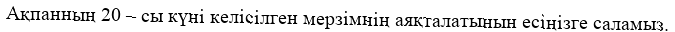
Ақпанның 20 – сы күні келісілген мерзімнің аяқталатынын есіңізге саламыз.